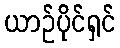
ယာဉ်ပိုင်ရှင်